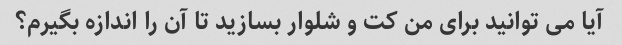
آیا می توانید برای من کت و شلوار بسازید تا آن را اندازه بگیرم؟